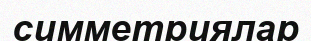
симметриялар